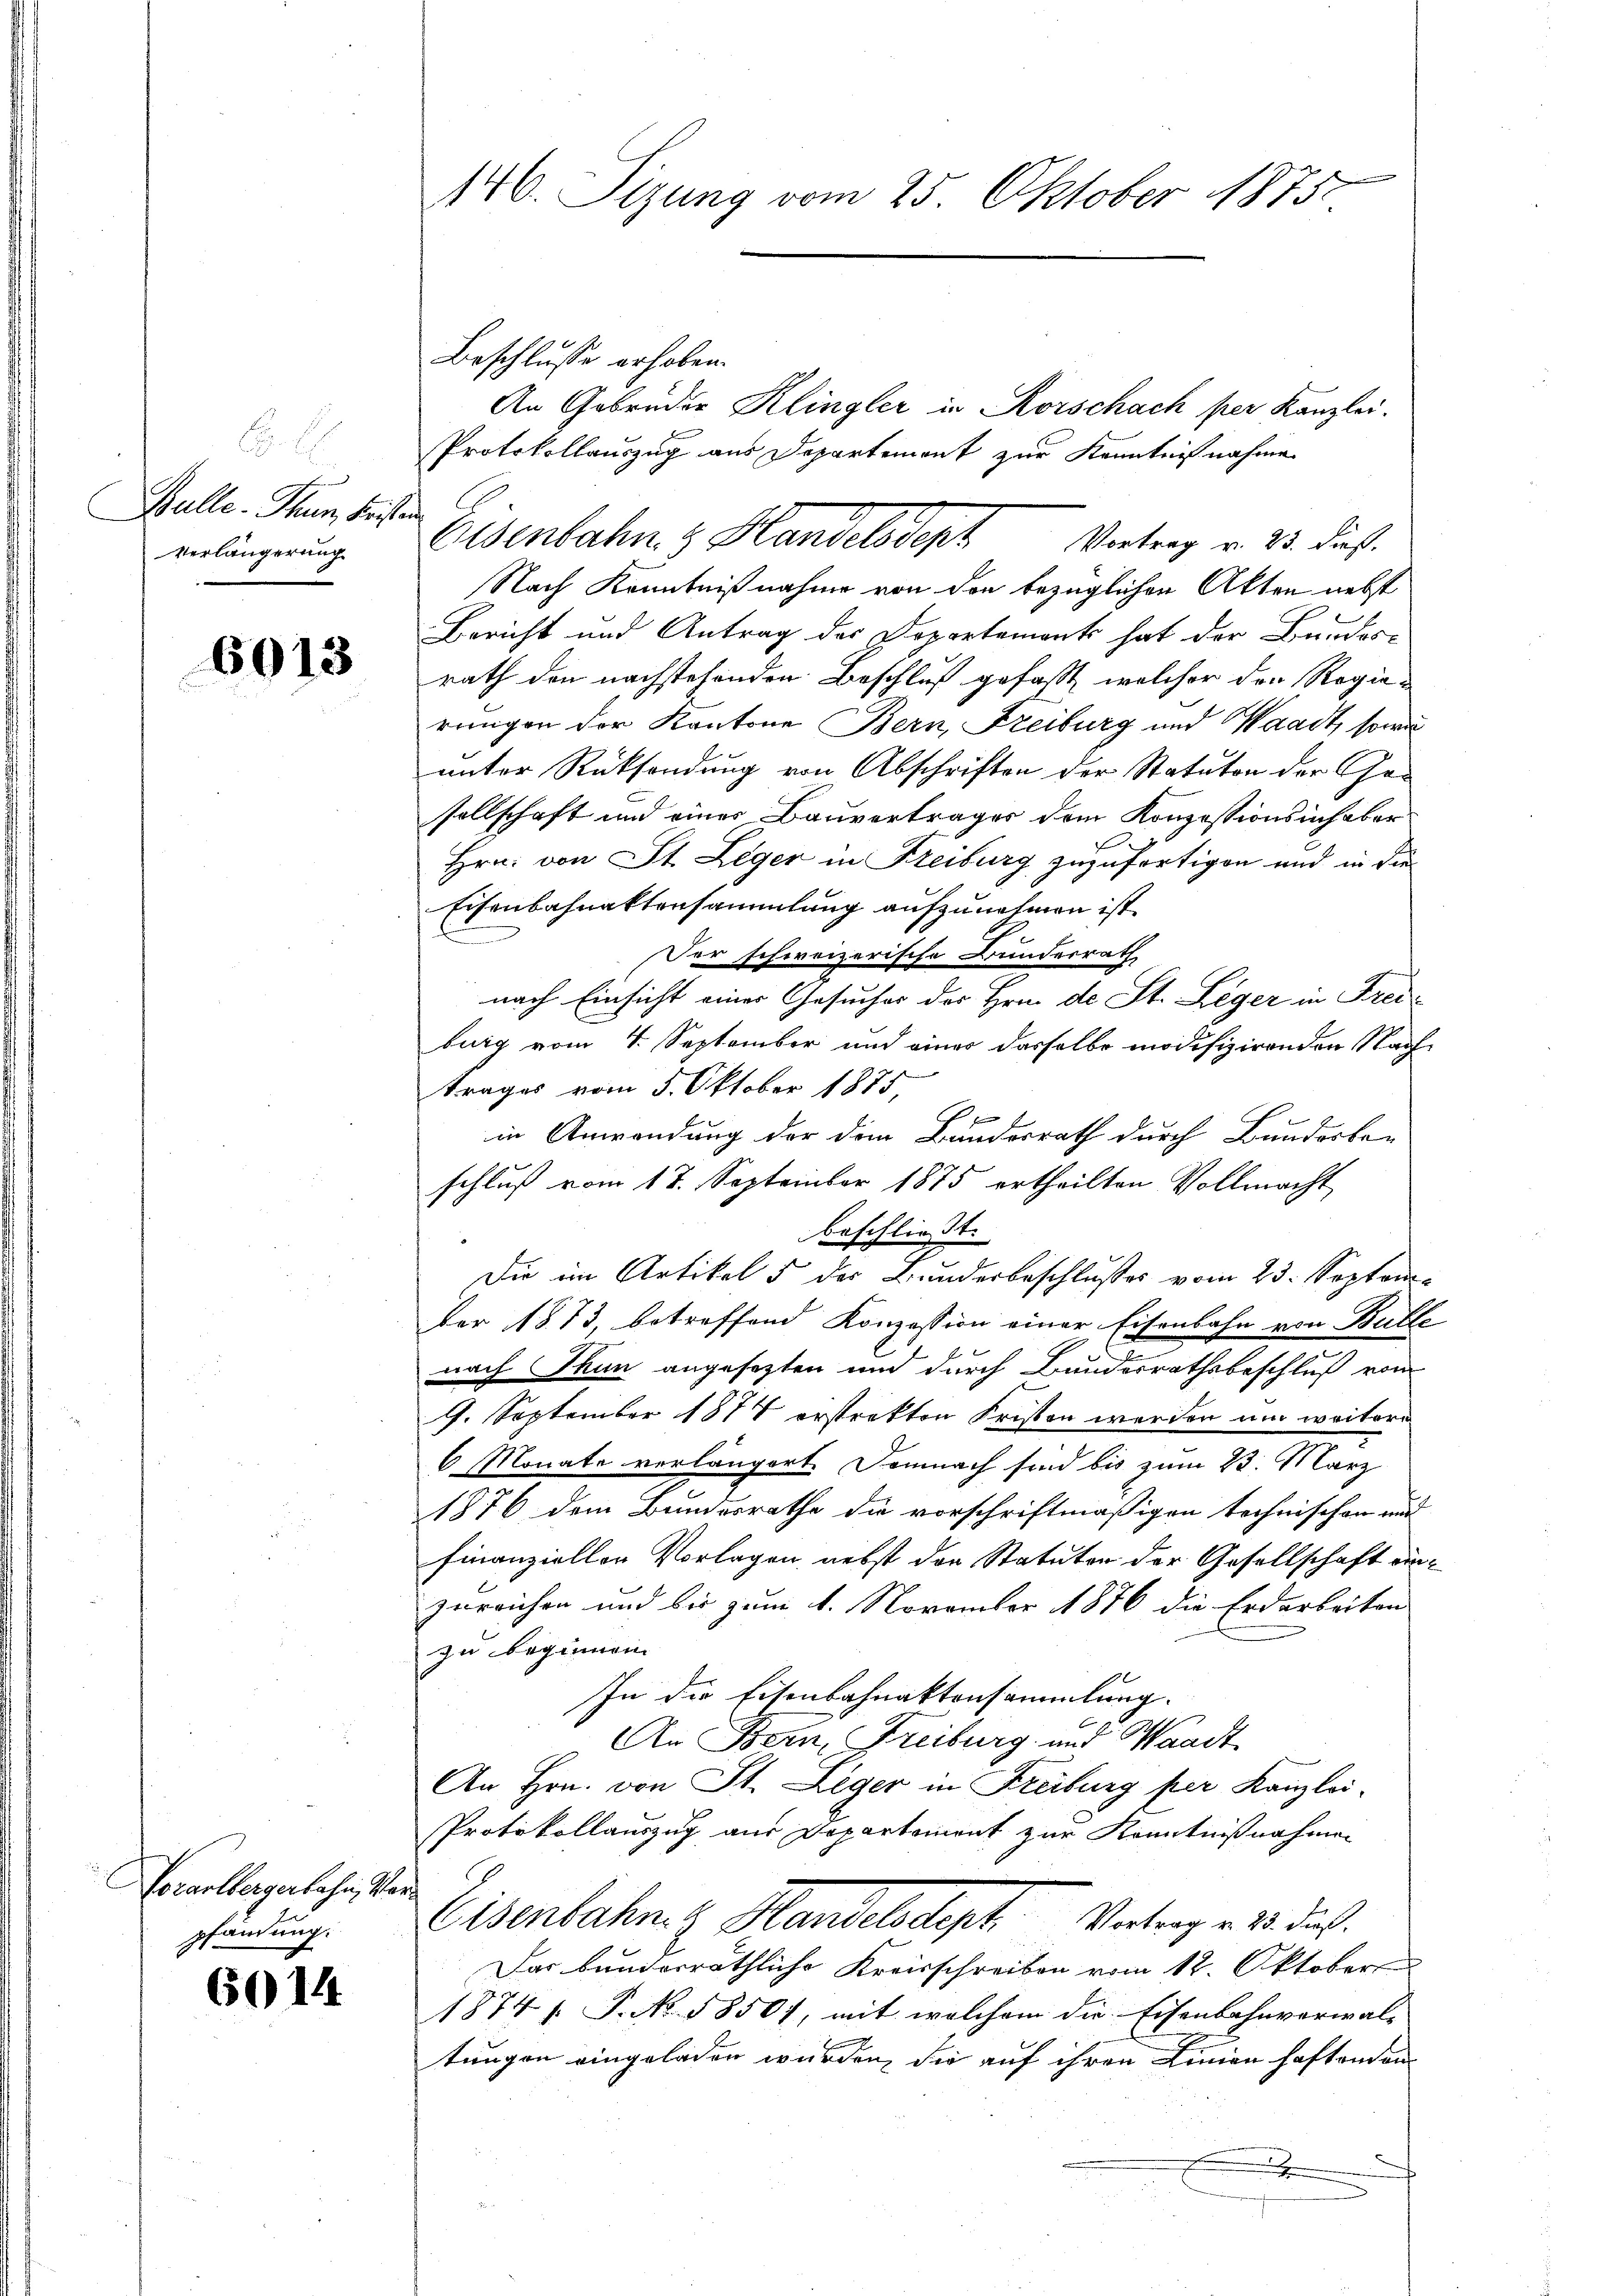
F.
Balle - Thurm, Fris
Verlängerung

6013

Norarlbergerbahn, Vor
pfandung.

6014

146. Sizung vom 25. Oktober 1875

Beschlusse erhoben.
An Gebrüder Klingler in Rorschach per Kanzlei.
Protokollauszug aus Departemont zur Kenntniß nahme
Nach Kenntnißnahme von den bezüglichen Akten nebst
Bericht und Antrag der Departement hat der Bundes-
rath den nachstehenden Beschluß gefaßt, welcher der Regierungen der Kantone Bern, Freiburg und Waadt, sowie
unter Rücksendung von Abschriften der Statuten der Gesellschaft und einer Bauvertrages dem Konzessionsinhaber
Hrn. von St. Leger in Freiburg zuzufertigen und in die
Eisenbahnaktensammlung aufzunehmen ist.
Der schweizerische Bunderrath,
nach Einsicht einer Gesuches des Hrn. de St. Leger in Freiburg vom 4. September und einer dasselbe modifizirenden Nachtrages vom 5. Oktober 1875,
in Anwendung der dem Bundesrath durch Bunderber
schluß vom 17. September 1875 ertheilten Vollmacht
beschließt:
Die im Artikel 5 der Bunderbeschlußes vom 23. September 1873, betreffend Konzession einer Eisenbahn von Ball
nach Thun angesetzten und durch Bundesrathsbeschluß vom
9. September 1877 erstrakten Fristen werden um weitere
6 Monate verlängert. Demnach sind bis zum 23. März
1876 dem Bundesrathe die vorschriftmäßigen technischen und
finanzieller Vorlagen, nebst der Statuten der Gesellschaft einzureichen und bis zum 1. November 1876 die Erdarbeiten
zu beginnen
In die Eisenbahnaktensammlung.
An Bern, Freiburg und Waadt
An Hrn. von St. Leger in Freiburg per Kanzlei-
Protokollauszug aus Departement zur Kenntnißnahmen
Eisenbahn z. Handelsdept.   Vertrag v. 23. dat.
Das bunderräthliche Kreisschreiben vom 12. Oktober
1874 /. P. No. 58501, mit welchem die Eisenbahnverwal-
tungen eingeladen wurden, die auf ihren Linien haftenden
.

Eisenbahn & Handelsdept Vertrag v. 23. dieß.